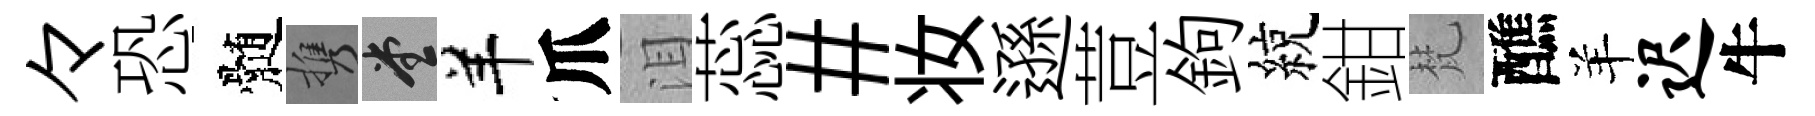
々恐髄携堂羊爪泪蕊#妆遜荳鉤綂鉗梵醮羊迟牛